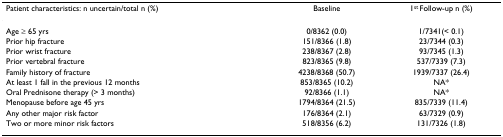
| Patient characteristics: n uncertain/total n (%) | Baseline | 1st Follow-up n (%) |
 | --- | --- | --- |
 | Age ≥ 65 yrs | 0/8362 (0.0) | 1/7341(< 0.1) |
 | Prior hip fracture | 151/8366 (1.8) | 23/7344 (0.3) |
 | Prior wrist fracture | 238/8367 (2.8) | 93/7345 (1.3) |
 | Prior vertebral fracture | 823/8365 (9.8) | 537/7339 (7.3) |
 | Family history of fracture | 4238/8368 (50.7) | 1939/7337 (26.4) |
 | At least 1 fall in the previous 12 months | 853/8365 (10.2) | NA* |
 | Oral Prednisone therapy (> 3 months) | 92/8366 (1.1) | NA* |
 | Menopause before age 45 yrs | 1794/8364 (21.5) | 835/7339 (11.4) |
 | Any other major risk factor | 176/8364 (2.1) | 63/7329 (0.9) |
 | Two or more minor risk factors | 518/8356 (6.2) | 131/7326 (1.8) |